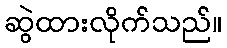
ဆွဲထားလိုက်သည်။